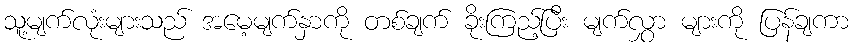
သူ့မျက်လုံးများသည် အမေ့မျက်နှာကို တစ်ချက် ခိုးကြည့်ပြီး မျက်လွှာ များကို ပြန်ချကာ